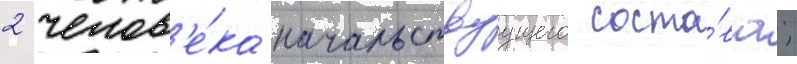
2 челов'е́ка начальствуущего соста́ва;